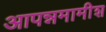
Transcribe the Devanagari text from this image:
आपन्नमामीश